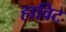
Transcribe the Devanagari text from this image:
हाविट